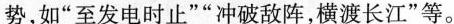
势，如”至发电时止””冲破敌阵，横渡长江”等。